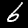
Digit: 6